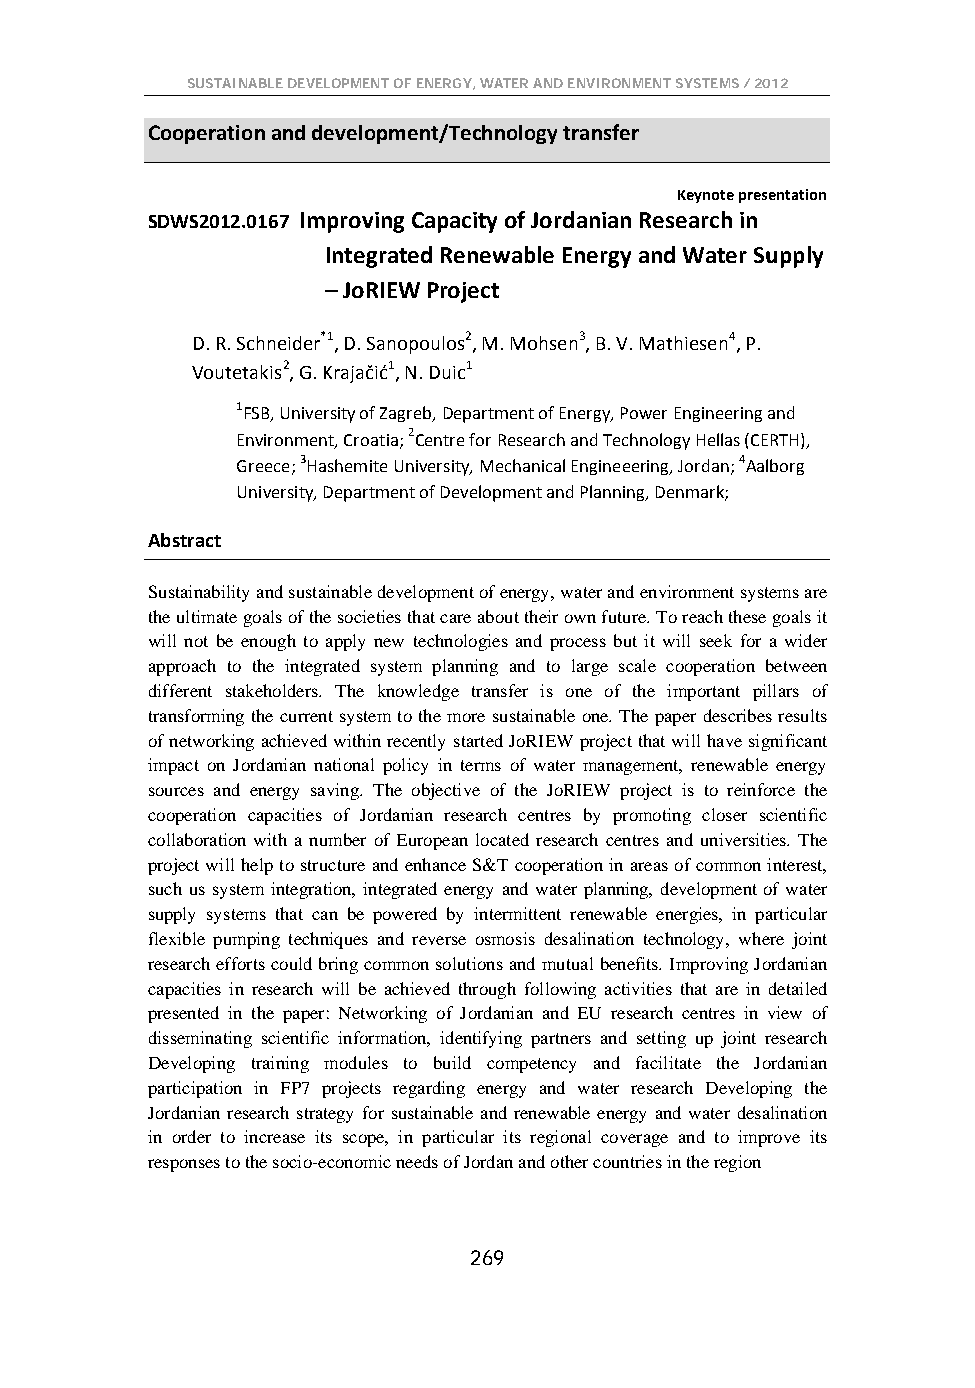
SUSTAINABLE DEVELOPMENT OF ENERGY, WATER AND ENVIRONMENT SYSTEMS / 2012
 Cooperation and development/Technology transfer
 Keynote presentation
 SDWS2012.0167 Improving Capacity of Jordanian Research in
 Integrated Renewable Energy and Water Supply
 – JoRIEW Project
 D. R. Schneider*1, D. Sanopoulos2, M. Mohsen3, B. V. Mathiesen4, P.
 Voutetakis2, G. Krajačić1, N. Duic1
 1FSB, University of Zagreb, Department of Energy, Power Engineering and
 Environment, Croatia; 2Centre for Research and Technology Hellas (CERTH),
 Greece; 3Hashemite University, Mechanical Engineeering, Jordan; 4Aalborg
 University, Department of Development and Planning, Denmark;
 Abstract
 Sustainability and sustainable development of energy, water and environment systems are
 the ultimate goals of the societies that care about their own future. To reach these goals it
 will not be enough to apply new technologies and process but it will seek for a wider
 approach to the integrated system planning and to large scale cooperation between
 different stakeholders. The knowledge transfer is one of the important pillars of
 transforming the current system to the more sustainable one. The paper describes results
 of networking achieved within recently started JoRIEW project that will have significant
 impact on Jordanian national policy in terms of water management, renewable energy
 sources and energy saving. The objective of the JoRIEW project is to reinforce the
 cooperation capacities of Jordanian research centres by promoting closer scientific
 collaboration with a number of European located research centres and universities. The
 project will help to structure and enhance S&T cooperation in areas of common interest,
 such us system integration, integrated energy and water planning, development of water
 supply systems that can be powered by intermittent renewable energies, in particular
 flexible pumping techniques and reverse osmosis desalination technology, where joint
 research efforts could bring common solutions and mutual benefits. Improving Jordanian
 capacities in research will be achieved through following activities that are in detailed
 presented in the paper: Networking of Jordanian and EU research centres in view of
 disseminating scientific information, identifying partners and setting up joint research
 Developing training modules to build competency and facilitate the Jordanian
 participation in FP7 projects regarding energy and water research Developing the
 Jordanian research strategy for sustainable and renewable energy and water desalination
 in order to increase its scope, in particular its regional coverage and to improve its
 responses to the socio-economic needs of Jordan and other countries in the region
 269